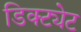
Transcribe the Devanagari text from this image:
डिक्ट्येट